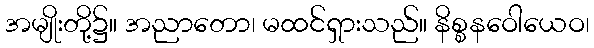
အမျိုးတို့၌။ အညာတော၊ မထင်ရှားသည်။ နိစ္စနဝေါယေဝ၊